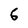
Character: 6